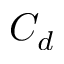
C _ { d }